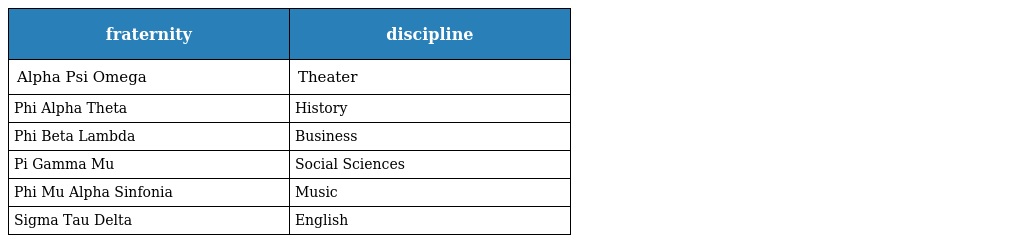
| fraternity | discipline |
 | --- | --- |
 | Alpha Psi Omega | Theater |
 | Phi Alpha Theta | History |
 | Phi Beta Lambda | Business |
 | Pi Gamma Mu | Social Sciences |
 | Phi Mu Alpha Sinfonia | Music |
 | Sigma Tau Delta | English |